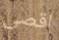
اقصى